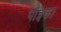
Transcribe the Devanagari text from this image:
पाइका